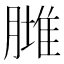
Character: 𦟿